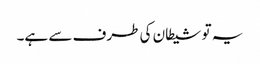
یہ تو شیطان کی طرف سے ہے۔